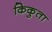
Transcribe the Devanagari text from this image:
किकुता